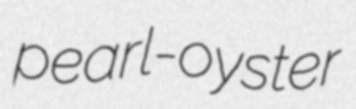
pearl-oyster